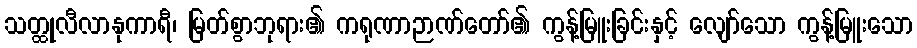
သတ္ထုလီလာနုကာရီ၊ မြတ်စွာဘုရား၏ ကရုဏာဉာဏ်တော်၏ ကွန့်မြူးခြင်းနှင့် လျော်သော ကွန့်မြူးသော